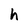
Character: h